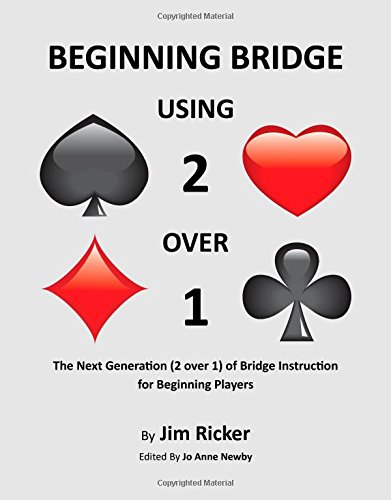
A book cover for Beginning Bridge Using 2 Over 1; Jim Ricker; Humor & Entertainment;